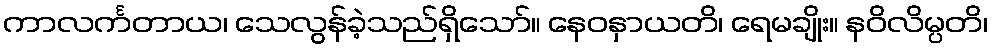
ကာလင်္ကတာယ၊ သေလွန်ခဲ့သည်ရှိသော်။ နေဝနှာယတိ၊ ရေမချိုး။ နဝိလိမ္ပတိ၊